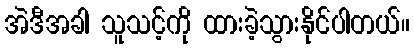
အဲဒီအခါ သူသင့်ကို ထားခဲ့သွားနိုင်ပါတယ်။